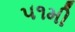
૫૧મી